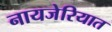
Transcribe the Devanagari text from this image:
नायजेरियात